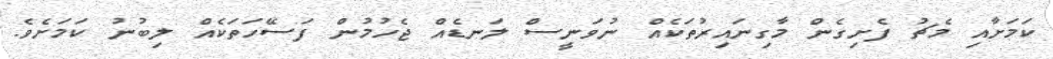
ކަމަށާއި މެޗު ފެށިގެން މާގިނައިރުތަކެއް ނުވަނީސް ލަނޑެއް ޖެހުމުން ފަސޭހަތަކެއް ލިބުނު ކަމަށެވެ.